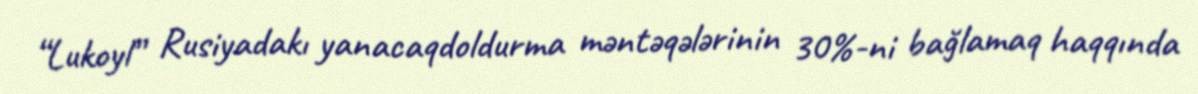
“Lukoyl” Rusiyadakı yanacaqdoldurma məntəqələrinin 30%-ni bağlamaq haqqında